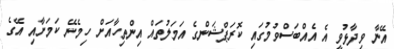
އޭނާ ވިދާޅުވީ އެ އެއްބަސްވުމުގައި ކޮރަޕްޝަންގެ އަމަލުތައް އިންތިހާއަށް ހިމެނޭ ކަމަށާއި އޭގެ